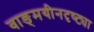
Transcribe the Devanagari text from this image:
वाङ्‌मयीनदृष्ट्या